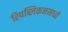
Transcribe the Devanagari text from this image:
रिपब्लिकनमध्ये